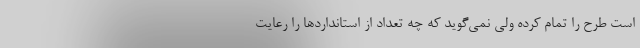
است طرح را تمام كرده ولي نمي‌گويد كه چه تعداد از استانداردها را رعايت